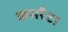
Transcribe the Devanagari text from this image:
कमरैटा